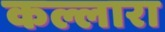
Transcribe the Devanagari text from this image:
कल्लारा